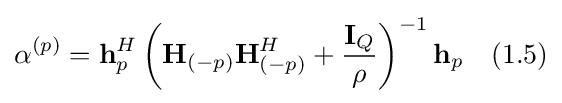
\alpha ^{(p)}=\mathbf {h} _{p}^{H}\left(\mathbf {H} _{(-p)}\mathbf {H} _{(-p)}^{H}+{\frac {\mathbf {I} _{Q}}{\rho }}\right)^{-1}\mathbf {h} _{p}\quad {\text{(1.5)}}